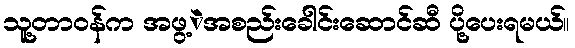
သူ့တာဝန်က အဖွ့ဲအစည်းခေါင်းဆောင်ဆီ ပို့ပေးရမယ်။